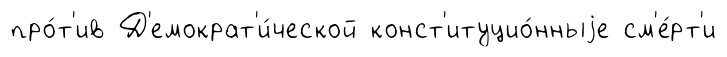
про́т'ив Д'емократ'и́ческой конст'итуцио́нныjе см'е́рт'и